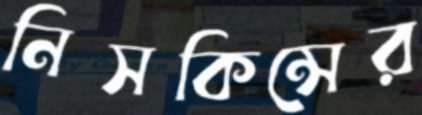
নিসকিন্সের